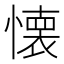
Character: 懐